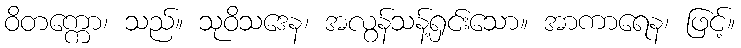
ဝိတက္ကော၊ သည်။ သုဝိသဒေန၊ အလွန်သန့်ရှင်းသော။ အာကာရေန၊ ဖြင့်။